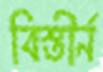
বিস্তীর্ন